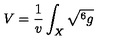
V = \frac { 1 } { v } \int _ { X } \sqrt { ^ 6 g }